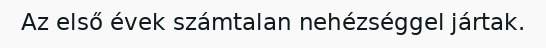
Az első évek számtalan nehézséggel jártak.